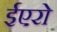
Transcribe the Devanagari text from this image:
ईएरो